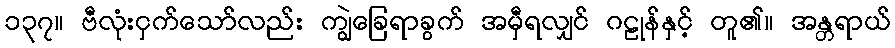
၁၃၇။ ဗီလုံးငှက်သော်လည်း ကျွဲခြေရာခွက် အမှီရလျှင် ဂဠုန်နှင့် တူ၏။ အန္တရာယ်